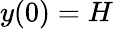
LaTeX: y(0)=H